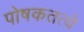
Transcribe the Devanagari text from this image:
पोषकतत्वे